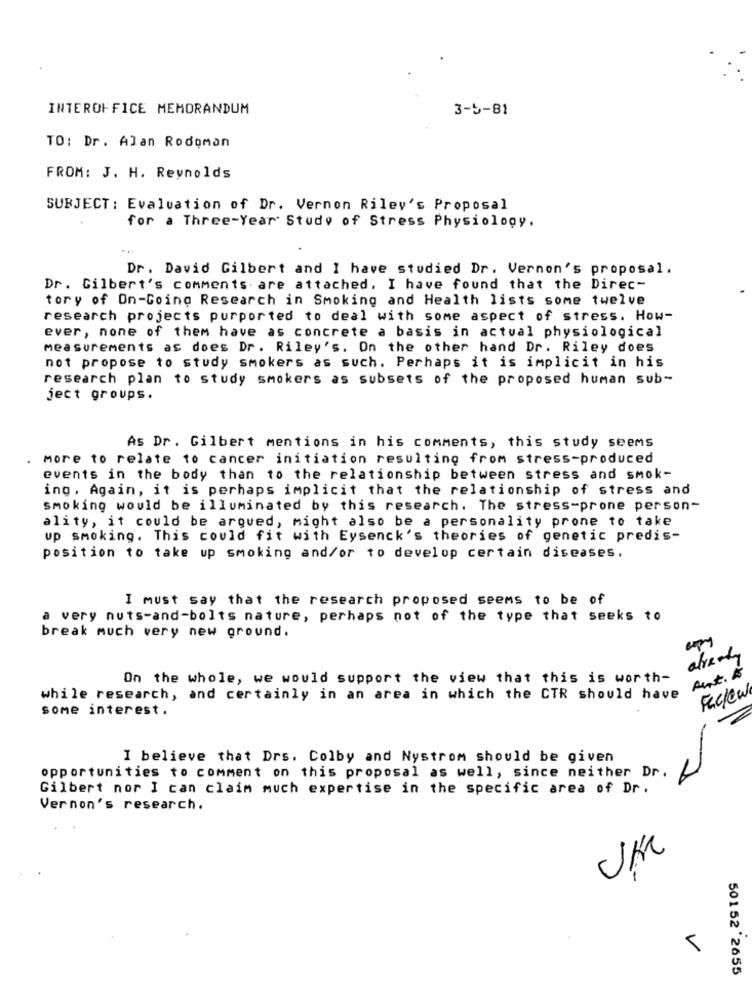
INTEROFFICE MEMORANDUM
3-5-81
TO: Dr. Alan Rodoman
FROM: J. H. Reynolds
SUBJECT : Evaluation of Dr. Vernon Rilev's Proposal
for a Three-Year Study of Stress Physiology.
Dr. David Gilbert and I have studied Dr. Vernon's proposal.
Dr. Gilbert's comments. are attached. I have found that the Direc-
tory of On-Going Research in Smoking and Health lists some twelve
research projects purported to deal with some aspect of stress. How-
ever, none of them have as concrete a basis in actual physiological
measurements as does Dr. Riley's. On the other hand Dr. Riley does
not propose to study smokers as such. Perhaps it is implicit in his
research plan to study smokers as subsets of the proposed human sub-
ject groups.
As Dr. Gilbert mentions in his comments, this study seems
more to relate to cancer initiation resulting from stress-produced
events in the body than to the relationship between stress and smok-
ing. Again, it is perhaps implicit that the relationship of stress and
smoking would be illuminated by this research. The stress-prone person-
ality, it could be argued, might also be a personality prone to take
up smoking. This could fit with Eysenck's theories of genetic predis-
position to take up smoking and/or to develop certain diseases.
I must say that the research proposed seems to be of
very nuts-and-bolts nature, perhaps not of the type that seeks to
break much very new ground.
On the whole, we would support the view that this is worth-
Rint. #
while research, and certainly in an area in which the CTR should have
Faclew
some interest.
I believe that Drs. Colby and Nystrom should be given
-
opportunities to comment on this proposal as well, since neither Dr.
Gilbert nor I can claim much expertise in the specific area of Dr.
Vernon's research.
UK
5
50152'2655